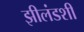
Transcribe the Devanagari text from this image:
झीलंडशी